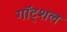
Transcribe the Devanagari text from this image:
गॉट्शल